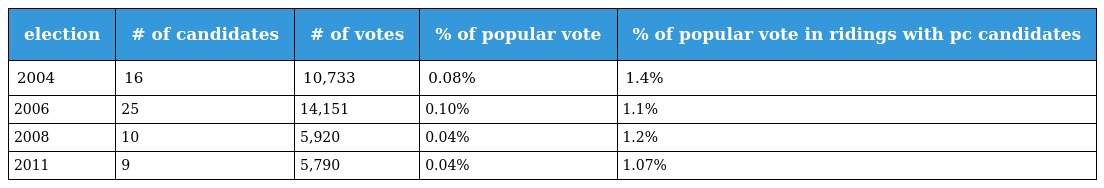
| election | # of candidates | # of votes | % of popular vote | % of popular vote in ridings with pc candidates |
 | --- | --- | --- | --- | --- |
 | 2004 | 16 | 10,733 | 0.08% | 1.4% |
 | 2006 | 25 | 14,151 | 0.10% | 1.1% |
 | 2008 | 10 | 5,920 | 0.04% | 1.2% |
 | 2011 | 9 | 5,790 | 0.04% | 1.07% |